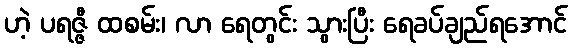
ဟဲ့ ပရဇ္ဇီ ထစမ်း၊ လာ ရေတွင်း သွားပြီး ရေခပ်ချည်ရအောင်